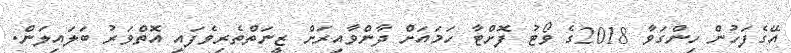
އޭގެފަހުން ހިންގަވާ 2018ގެ ވޯޓު ފޮށްޓާ ހަމައަށް ދާންވާއިރަށް ޒީނަތްތެރިވެފައި އޮތްވަރު ބަލައިލަން.